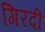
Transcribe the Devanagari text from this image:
गिरदी